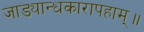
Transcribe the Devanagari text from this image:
जाड्यान्धकारापहाम्‌॥